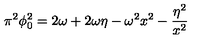
\pi ^ { 2 } \phi _ { 0 } ^ { 2 } = 2 \omega + 2 \omega \eta - \omega ^ { 2 } x ^ { 2 } - { \frac { \eta ^ { 2 } } { x ^ { 2 } } }